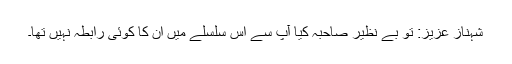
شہناز عزیز: تو بے نظیر صاحبہ کیا آپ سے اس سلسلے میں ان کا کوئی رابطہ نہیں تھا۔